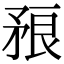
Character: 𥍫